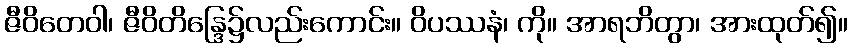
ဇီဝိတေဝါ၊ ဇီဝိတိန္ဒြေ၌လည်းကောင်း။ ဝိပဿနံ၊ ကို။ အာရဘိတွာ၊ အားထုတ်၍။